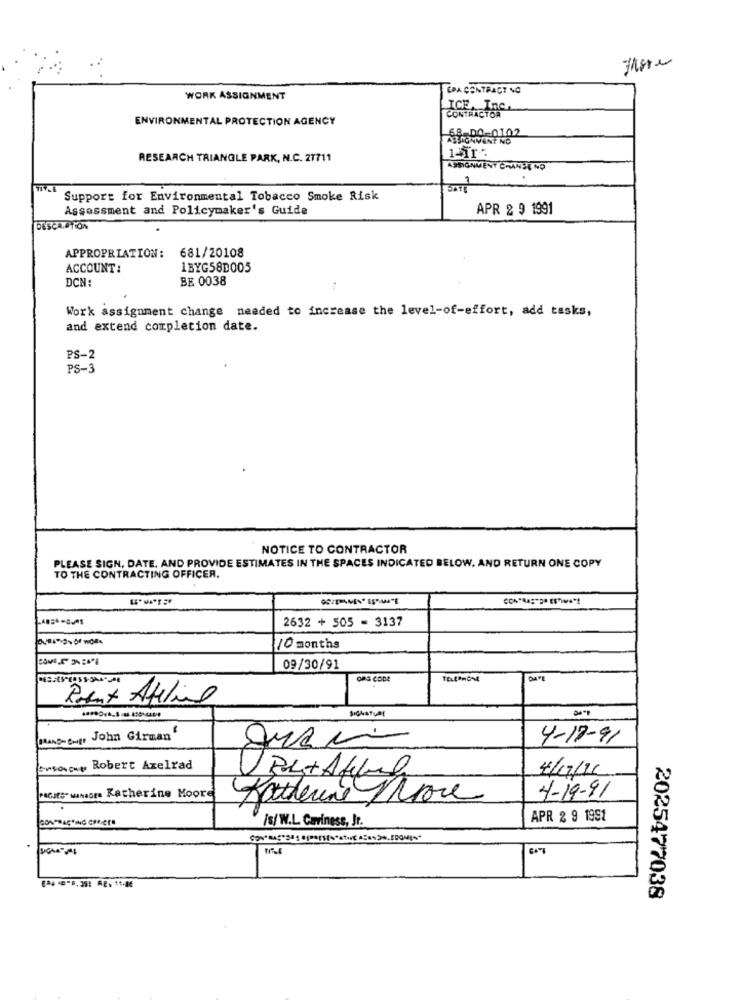
EPA CONTRACT NO
WORK ASSIGNMENT
ICE, Inc.
ENVIRONMENTAL PROTECTION AGENCY
CONTRACTOR
1411.
RESEARCH TRIANGLE PARK, N.C. 21711
ASSIGNMENT CHANDE NO
Support for Environmental Tobacco Smoke Risk
Assessment and Policymaker's Guide
APR 2 9 1991
DESCA.ATION
APPROPRIATION: 681/20108
ACCOUNT:
1BYG58D005
DCN:
BE 0038
Work assignment change needed to increase the level-of-effort, add tasks,
and extend completion date.
PS-2
PS-3
NOTICE TO CONTRACTOR
PLEASE SIGN, DATE, AND PROVIDE ESTIMATES IN THE SPACES INDICATED BELOW. AND RETURN ONE COPY
TO THE CONTRACTING OFFICER.
2632 + 505 - 3137
10 months
09/30/91
GRAND- Mg. John Girman'
4-17-91
Ewsocup Robert Axelrad
4/12/26
PAGItS" wanaoma Katherine Moore
Katherine More
4-19-91
/s/ W.L. Caviness, Jr.
APR 2 9 1991
2025477038